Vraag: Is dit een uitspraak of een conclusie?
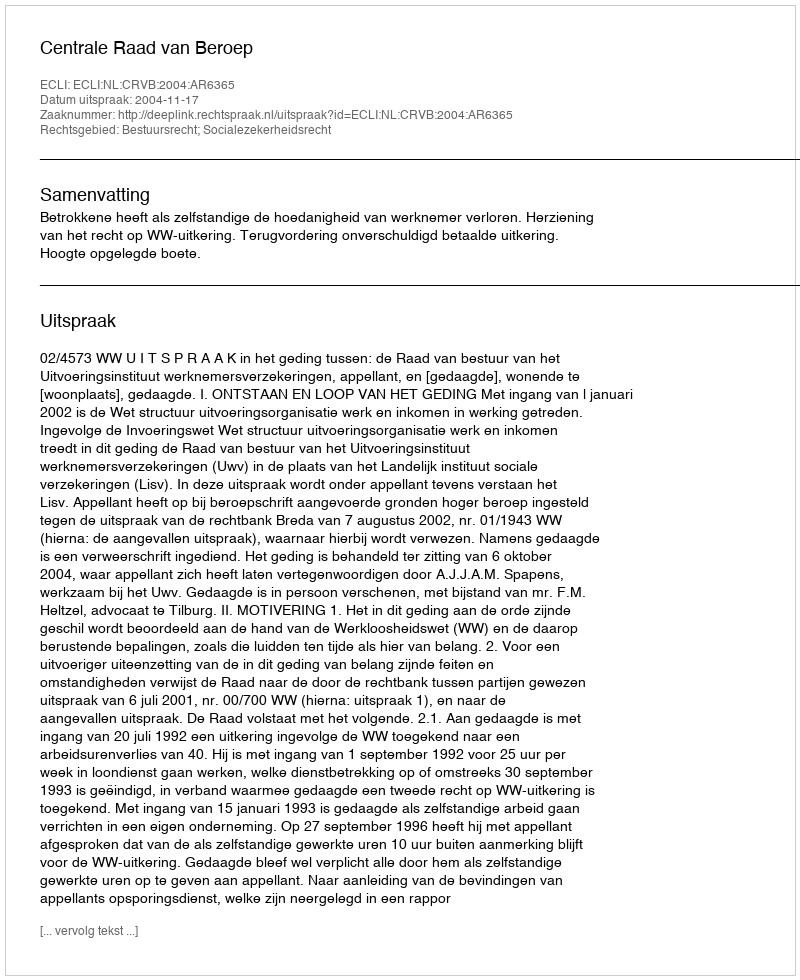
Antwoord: Uitspraak